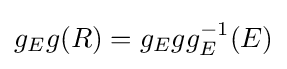
g_{E}g(R)=g_{E}gg_{E}^{-1}(E)